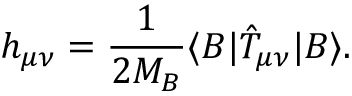
h _ { \mu \nu } = \frac { 1 } { 2 M _ { B } } \langle B | { \hat { T } } _ { \mu \nu } | B \rangle { } .